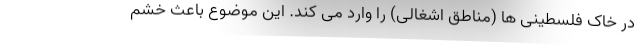
در خاک فلسطینی ها (مناطق اشغالی) را وارد می کند. این موضوع باعث خشم